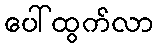
ပေါ်ထွက်လာ